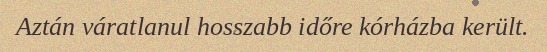
Aztán váratlanul hosszabb időre kórházba került.